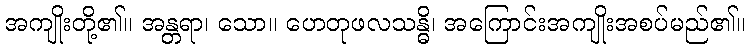
အကျိုးတို့၏။ အန္တရာ၊ သော။ ဟေတုဖလသန္ဓိ၊ အကြောင်းအကျိုးအစပ်မည်၏။